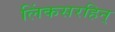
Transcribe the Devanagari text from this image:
लिंकसरहिन्